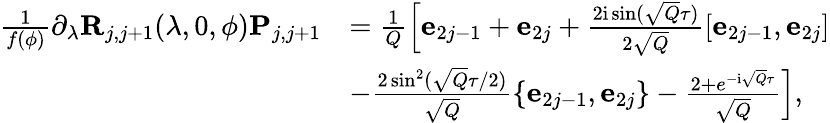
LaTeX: \begin{array}{rl}{\frac{1}{f(\phi)}\partial_{\lambda}\mathbf{R}_{j,j+1}(\lambda,0,\phi)\mathbf{P}_{j,j+1}}&{=\frac{1}{Q}\left[\mathbf{e}_{2j-1}+\mathbf{e}_{2j}+\frac{2\mathrm{i}\sin(\sqrt{Q}\tau)}{2\sqrt{Q}}\left[\mathbf{e}_{2j-1},\mathbf{e}_{2j}\right]\right.}\\ &{\left.-\frac{2\sin^{2}(\sqrt{Q}\tau/2)}{\sqrt{Q}}\left\{ \mathbf{e}_{2j-1},\mathbf{e}_{2j}\right\} -\frac{2+e^{-\mathrm{i}\sqrt{Q}\tau}}{\sqrt{Q}}\right],}\end{array}